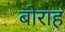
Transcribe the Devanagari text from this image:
बोराह